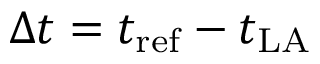
\Delta t = t _ { \mathrm { r e f } } - t _ { \mathrm { L A } }